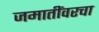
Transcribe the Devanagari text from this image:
जमातींवरचा